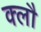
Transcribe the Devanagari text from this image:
क्लौ